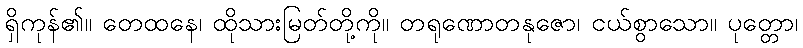
ရှိကုန်၏။ တေထနေ၊ ထိုသားမြတ်တို့ကို။ တရုဏောတနုဇော၊ ငယ်စွာသော။ ပုတ္တော၊